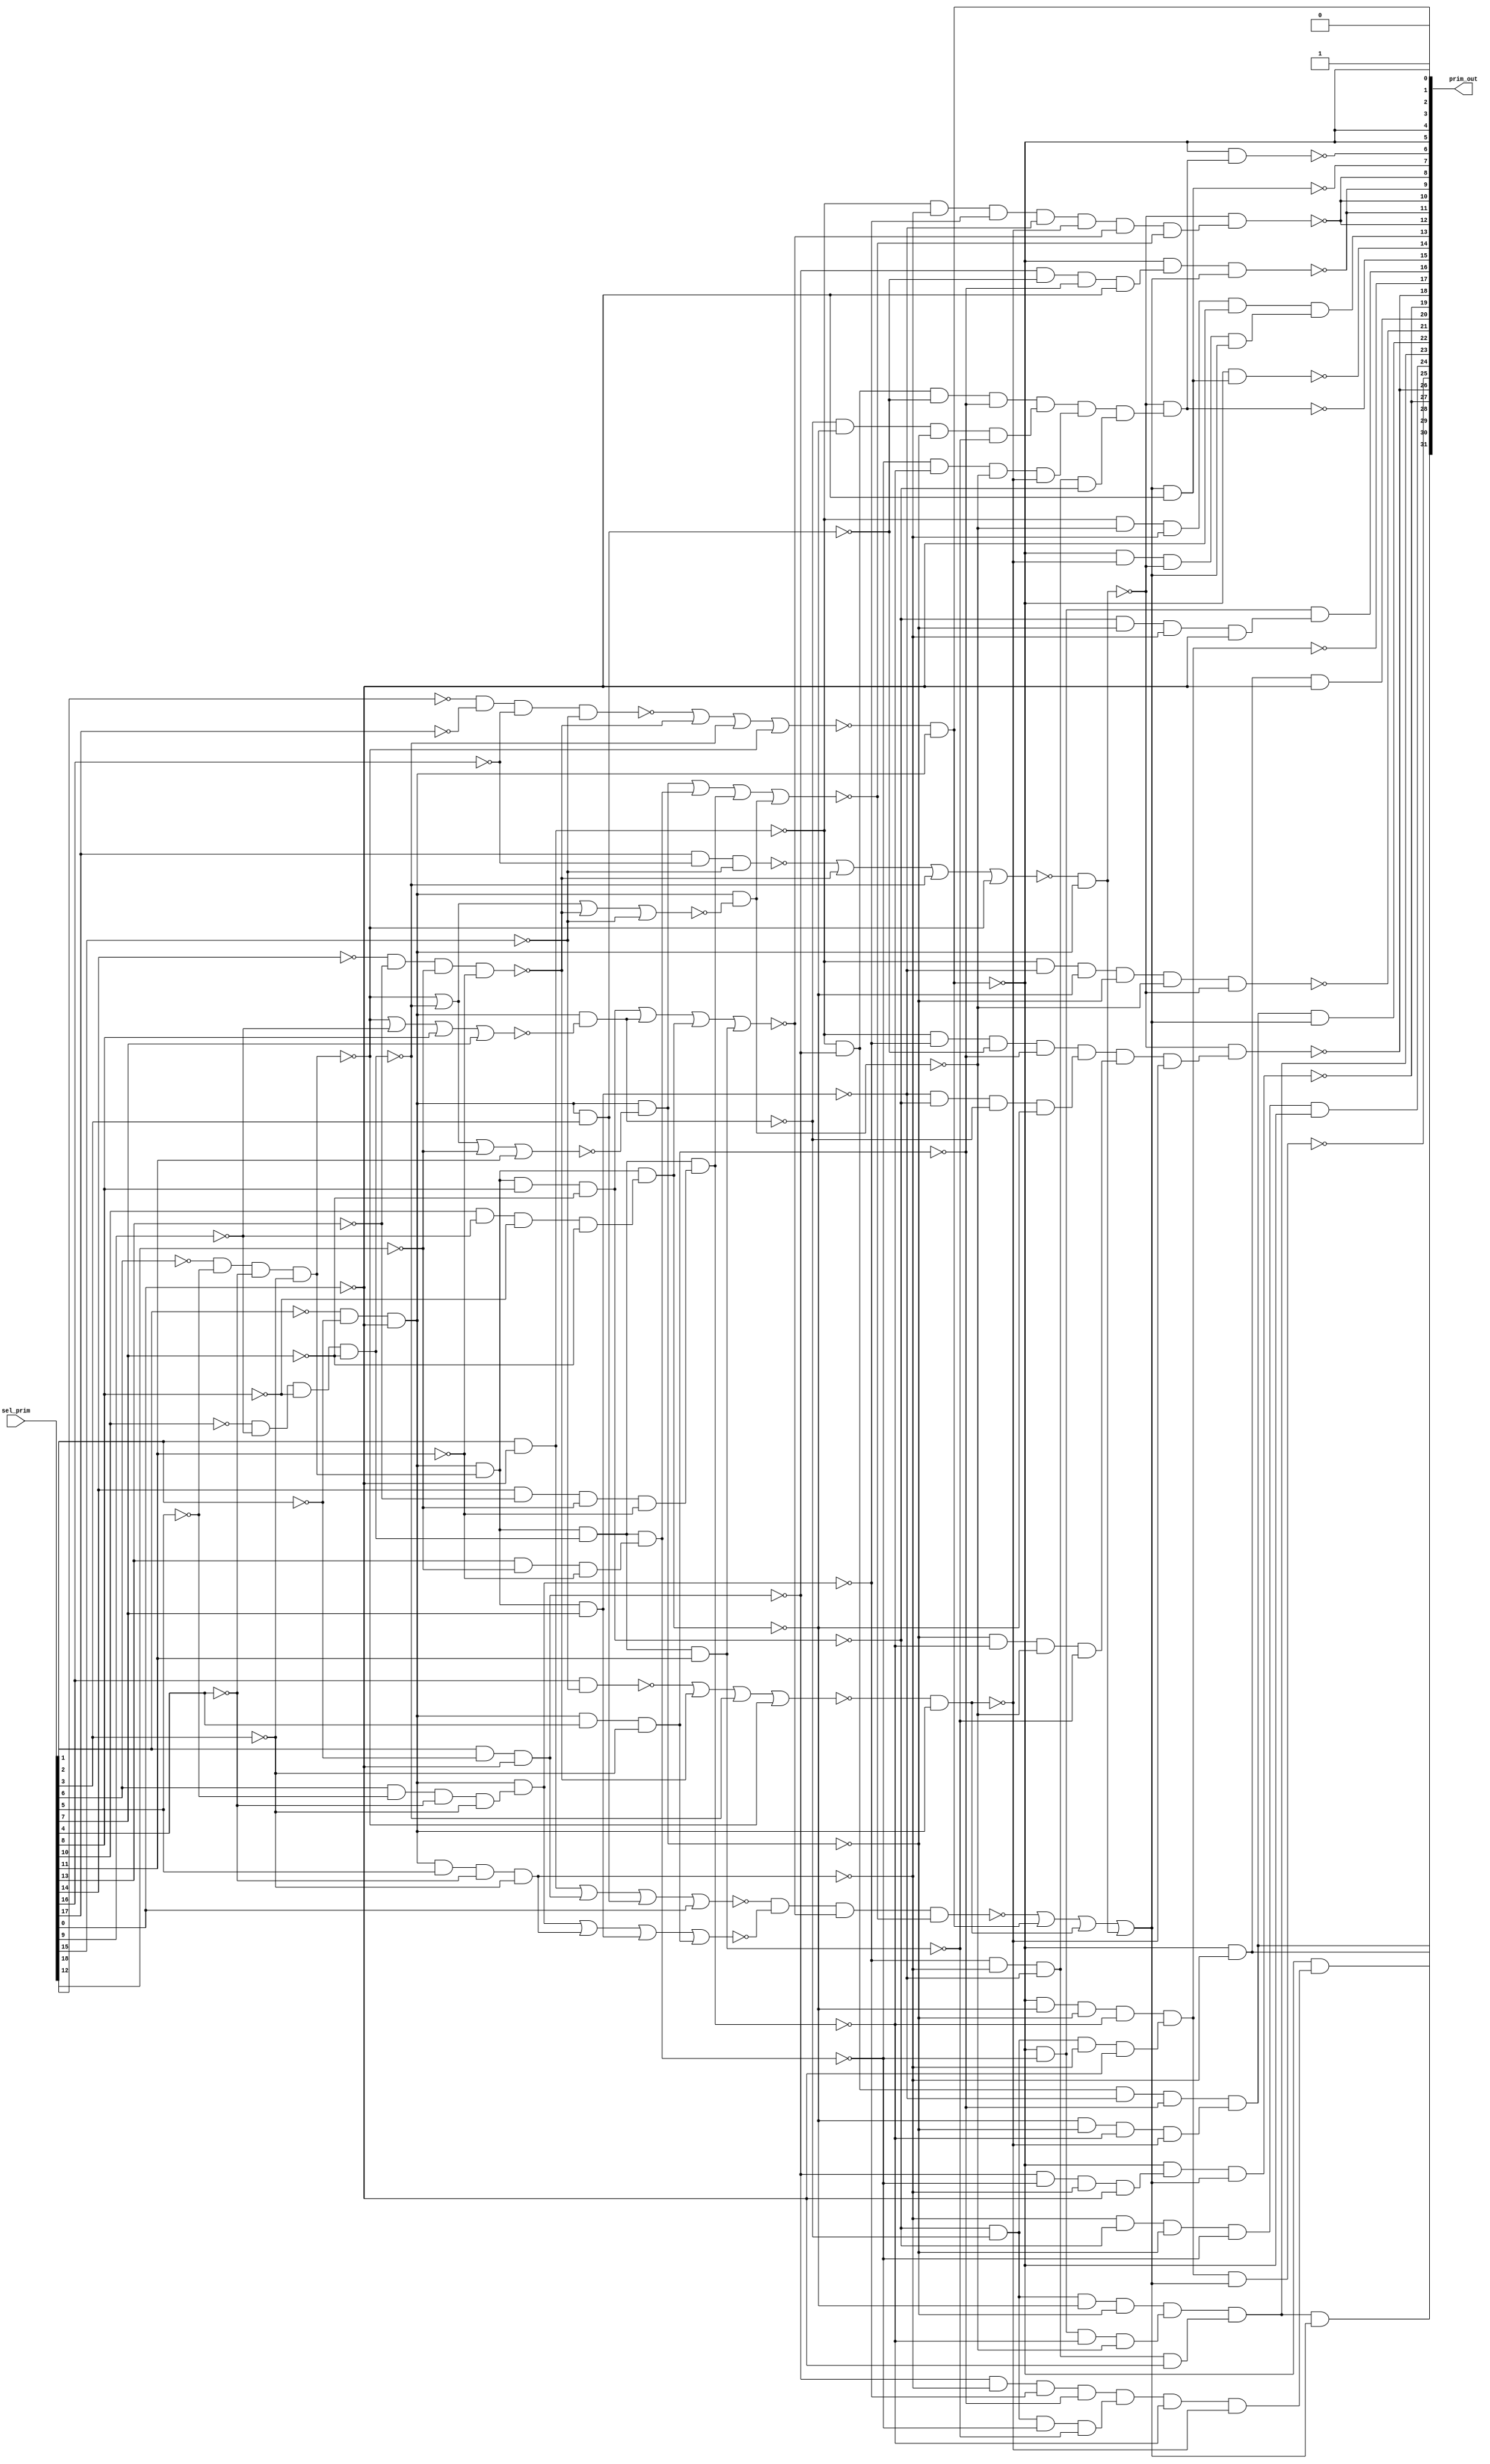

// Generated by Cadence Encounter(R) RTL Compiler RC11.10 - v11.10-p005_1

// Verification Directory fv/top 

module top(prim_out, sel_prim);
  input [18:0] sel_prim;
  output [31:0] prim_out;
  wire [18:0] sel_prim;
  wire [31:0] prim_out;
  wire ctl_sel_prim_412_12_n_205, ctl_sel_prim_412_12_n_308,
       ctl_sel_prim_412_12_n_411, ctl_sel_prim_412_12_n_441,
       ctl_sel_prim_412_12_n_467, ctl_sel_prim_412_12_n_493,
       ctl_sel_prim_412_12_n_538, n_654;
  wire n_664, n_672, n_680, n_710, n_715, n_726, n_736, n_753;
  wire n_778, n_890, n_891, n_898, n_899, n_900, n_901, n_902;
  wire n_903, n_904, n_905, n_906, n_907, n_908, n_909, n_910;
  wire n_911, n_912, n_914, n_915, n_918, n_919, n_921, n_925;
  wire n_928, n_929, n_932, n_933, n_934, n_936, n_940, n_942;
  wire n_943, n_947, n_955, n_956, n_997, n_1106, n_1293, n_1316;
  wire n_1318, n_1319, n_1320, n_1321, n_1322, n_1323, n_1324, n_1325;
  wire n_1326, n_1327, n_1328, n_1329, n_1330, n_1331, n_1332, n_1333;
  wire n_1334, n_1335, n_1336, n_1337, n_1338, n_1339, n_1340, n_1341;
  wire n_1342, n_1343, n_1344, n_1345, n_1346, n_1347, n_1348, n_1349;
  wire n_1350, n_1351, n_1352, n_1353, n_1354, n_1355, n_1356, n_1357;
  wire n_1358, n_1359, n_1360, n_1361, n_1362, n_1363, n_1364, n_1365;
  wire n_1366, n_1367, n_1368, n_1369, n_1370, n_1371, n_1372, n_1373;
  wire n_1374, n_1375, n_1376, n_1377, n_1378, n_1379, n_1380, n_1381;
  wire n_1382, n_1383, n_1384, n_1385, n_1386, n_1387, n_1388, n_1389;
  wire n_1390, n_1391, n_1392, n_1393, n_1394, n_1395, n_1396, n_1397;
  wire n_1398, n_1399, n_1400, n_1401, n_1402, n_1403, n_1404, n_1405;
  wire n_1406, n_1407, n_1408, n_1409, n_1410, n_1411, n_1412, n_1413;
  wire n_1414;
  assign prim_out[0] = 1'b0;
  assign prim_out[2] = prim_out[5];
  assign prim_out[3] = 1'b1;
  assign prim_out[4] = prim_out[5];
  assign prim_out[8] = prim_out[12];
  assign prim_out[9] = prim_out[11];
  assign prim_out[10] = prim_out[12];
  assign prim_out[18] = prim_out[26];
  assign prim_out[19] = prim_out[27];
  not ctl_sel_prim_412_12_g171 (prim_out[1], prim_out[5]);
  nor ctl_sel_prim_412_12_g150 (ctl_sel_prim_412_12_n_493, n_1337,
       ctl_sel_prim_412_12_n_411, ctl_sel_prim_412_12_n_308,
       ctl_sel_prim_412_12_n_205);
  nand ctl_sel_prim_412_12_g177 (ctl_sel_prim_412_12_n_538, n_1344,
       n_1351, n_918, n_919);
  nor ctl_sel_prim_412_12_g134 (ctl_sel_prim_412_12_n_441, n_1369,
       ctl_sel_prim_412_12_n_411, ctl_sel_prim_412_12_n_308,
       ctl_sel_prim_412_12_n_205);
  nor ctl_sel_prim_412_12_g142 (ctl_sel_prim_412_12_n_467, n_1370,
       ctl_sel_prim_412_12_n_411, ctl_sel_prim_412_12_n_308,
       ctl_sel_prim_412_12_n_205);
  nand g444 (n_914, n_901, n_902, n_903, n_904);
  nand g445 (n_915, prim_out[5], n_905, n_906, n_907);
  nand g451 (n_921, n_890, n_891, n_908, n_909);
  nand g454 (n_997, n_891, n_898, n_899, n_909);
  nand g455 (n_925, n_901, n_902, n_905, n_910);
  nand g458 (n_928, n_902, n_903, n_904, n_910);
  nand g459 (n_929, n_905, n_906, n_907, n_911);
  nand g460 (n_680, prim_out[5], n_898);
  nand g462 (n_932, n_890, n_899, n_908, n_909);
  nand g463 (n_933, n_900, n_901, n_902, n_903);
  nand g464 (n_934, n_904, n_906, n_907, n_910);
  nand g466 (n_936, prim_out[5], n_903, n_904, n_906);
  nand g470 (n_940, n_898, n_901, n_904, n_905);
  nand g472 (n_942, n_890, n_891, n_900, n_909);
  nand g473 (n_943, n_903, n_904, n_906, n_911);
  nand g477 (n_947, n_890, n_900, n_903, n_904);
  nand g485 (n_955, n_898, n_899, n_900, n_901);
  nand g486 (n_956, n_890, n_898, n_899, n_900);
  not g660 (prim_out[30], n_664);
  not g666 (prim_out[23], n_715);
  not g674 (n_1106, prim_out[17]);
  not g690 (prim_out[28], n_680);
  not g737 (prim_out[31], n_654);
  not g738 (prim_out[29], n_672);
  not g740 (prim_out[24], n_710);
  not g741 (prim_out[22], n_726);
  not g743 (prim_out[20], n_736);
  not g744 (prim_out[16], n_753);
  not g745 (prim_out[13], n_778);
  not g1024 (n_1318, sel_prim[0]);
  not g1025 (n_1319, sel_prim[1]);
  not g1026 (n_1320, sel_prim[2]);
  not g1027 (n_1321, sel_prim[3]);
  not g1028 (n_1322, sel_prim[4]);
  not g1029 (n_1323, sel_prim[5]);
  not g1030 (n_1324, sel_prim[6]);
  not g1031 (n_1325, sel_prim[7]);
  not g1032 (n_1326, sel_prim[8]);
  not g1033 (n_1327, sel_prim[9]);
  not g1034 (n_1328, sel_prim[10]);
  not g1035 (n_1329, sel_prim[15]);
  not g1036 (n_1330, sel_prim[16]);
  not g1037 (n_1331, sel_prim[17]);
  not g1038 (n_1332, sel_prim[18]);
  not g1039 (n_1333, sel_prim[11]);
  not g1040 (n_1334, sel_prim[12]);
  not g1041 (n_1335, sel_prim[13]);
  not g1042 (n_1336, sel_prim[14]);
  nand g1043 (n_1337, n_1332, n_1331, n_1330, n_1329);
  nand g1044 (ctl_sel_prim_412_12_n_411, n_1336, n_1335, n_1334,
       n_1333);
  nand g1045 (ctl_sel_prim_412_12_n_308, n_1328, n_1327, n_1326,
       n_1325);
  not g1046 (n_1338, ctl_sel_prim_412_12_n_308);
  nand g1047 (ctl_sel_prim_412_12_n_205, n_1324, n_1323, n_1322,
       n_1321);
  not g1048 (n_1339, ctl_sel_prim_412_12_n_205);
  nand g1049 (n_1293, n_1320, n_1319, n_1318);
  not g1050 (n_1340, n_1293);
  nand g1051 (prim_out[5], ctl_sel_prim_412_12_n_493, n_1340);
  nand g1052 (n_890, sel_prim[1], n_1318);
  not g1053 (n_1341, n_890);
  nand g1054 (n_891, sel_prim[2], n_1319, n_1318);
  not g1055 (n_1342, n_891);
  nand g1056 (n_908, n_1340, sel_prim[3]);
  not g1057 (n_1343, n_908);
  nor g1058 (n_1344, n_1341, n_1342, n_1343, sel_prim[0]);
  nand g1059 (n_1345, sel_prim[6], n_1323, n_1322, n_1321);
  not g1060 (n_1346, n_1345);
  nand g1061 (n_899, n_1340, n_1346);
  not g1062 (n_1347, n_899);
  nand g1063 (n_898, n_1340, sel_prim[5], n_1322, n_1321);
  not g1064 (n_1348, n_898);
  nand g1065 (n_900, n_1340, n_1339, sel_prim[7]);
  not g1066 (n_1349, n_900);
  nand g1067 (n_909, n_1340, sel_prim[4], n_1321);
  not g1068 (n_1350, n_909);
  nor g1069 (n_1351, n_1347, n_1348, n_1349, n_1350);
  nand g1070 (n_901, n_1340, n_1339, sel_prim[8], n_1325);
  not g1071 (n_1352, n_901);
  nor g1072 (n_1353, ctl_sel_prim_412_12_n_205, n_1327, sel_prim[8],
       sel_prim[7]);
  nand g1073 (n_902, n_1340, n_1353);
  not g1074 (n_1354, n_902);
  nand g1075 (n_1355, sel_prim[10], n_1327, n_1326, n_1325);
  not g1076 (n_1356, n_1355);
  nand g1077 (n_903, n_1340, n_1339, n_1356);
  not g1078 (n_1357, n_903);
  nand g1079 (n_910, n_1340, n_1339, n_1338, sel_prim[11]);
  not g1080 (n_1358, n_910);
  nor g1081 (n_918, n_1352, n_1354, n_1357, n_1358);
  nor g1082 (n_1359, ctl_sel_prim_412_12_n_205,
       ctl_sel_prim_412_12_n_308, n_1334, sel_prim[11]);
  nand g1083 (n_904, n_1340, n_1359);
  not g1084 (n_1360, n_904);
  nand g1085 (n_1361, sel_prim[13], n_1334, n_1333);
  not g1086 (n_1362, n_1361);
  nand g1087 (n_905, n_1340, n_1339, n_1338, n_1362);
  not g1088 (n_1363, n_905);
  nand g1089 (n_1364, sel_prim[14], n_1335, n_1334, n_1333);
  not g1090 (n_1365, n_1364);
  nand g1091 (n_906, n_1340, n_1339, n_1338, n_1365);
  not g1092 (n_1366, n_906);
  nor g1093 (n_1367, ctl_sel_prim_412_12_n_205,
       ctl_sel_prim_412_12_n_308, ctl_sel_prim_412_12_n_411, n_1329);
  nand g1094 (n_907, n_1340, n_1367);
  not g1095 (n_1368, n_907);
  nor g1096 (n_919, n_1360, n_1363, n_1366, n_1368);
  nand g1097 (n_1369, sel_prim[16], n_1329);
  nand g1098 (n_1370, sel_prim[17], n_1330, n_1329);
  not g1099 (n_1371, n_914);
  not g1100 (n_1372, n_915);
  not g1101 (n_1373, n_921);
  not g1102 (n_1374, n_997);
  not g1103 (n_1375, n_925);
  not g1104 (n_1376, n_928);
  nand g1105 (n_911, ctl_sel_prim_412_12_n_441, n_1340);
  not g1106 (n_1377, n_911);
  not g1107 (n_1378, n_929);
  not g1108 (n_1379, n_932);
  not g1109 (n_1380, n_933);
  not g1110 (n_1381, n_934);
  not g1111 (n_1382, n_936);
  not g1112 (n_1383, n_940);
  not g1113 (n_1384, n_942);
  not g1114 (n_1385, n_943);
  not g1115 (n_1386, n_947);
  not g1116 (n_1387, n_955);
  not g1117 (n_1388, n_956);
  nand g1118 (n_664, n_1384, n_1385);
  nand g1119 (n_1389, n_899, n_898, n_900, n_1318);
  not g1120 (n_1390, n_1389);
  nand g1121 (n_715, n_1371, n_1372, n_1390);
  nand g1122 (n_1391, n_901, n_902, n_898, n_1318);
  not g1123 (n_1392, n_1391);
  nand g1124 (prim_out[17], n_1382, n_1392);
  nand g1125 (n_912, ctl_sel_prim_412_12_n_467, n_1340);
  not g1126 (n_1393, n_912);
  nor g1127 (n_1316, ctl_sel_prim_412_12_n_538, prim_out[1], n_1377,
       n_1393);
  not g1128 (n_1394, n_1316);
  nand g1129 (n_654, prim_out[23], n_1394);
  nand g1130 (n_1395, n_1374, n_1375, n_906, n_911);
  not g1131 (n_1396, n_1395);
  nand g1132 (n_672, prim_out[5], n_1396);
  nand g1133 (prim_out[25], n_1106, n_1394);
  nand g1134 (n_710, n_1383, prim_out[5]);
  nand g1135 (n_726, prim_out[30], n_1394);
  nand g1136 (prim_out[21], n_1386, n_907, n_912);
  nand g1137 (n_736, prim_out[28], n_1318);
  nand g1138 (n_1397, n_901, n_904, n_898, n_1318);
  not g1139 (n_1398, n_1397);
  nand g1140 (n_753, prim_out[5], n_905, n_1398);
  nand g1141 (n_1399, n_890, n_907, n_898, n_1318);
  not g1142 (n_1400, n_1399);
  nand g1143 (n_1401, prim_out[5], n_911, n_912, n_1394);
  not g1144 (n_1402, n_1401);
  nand g1145 (n_778, n_1400, n_1402);
  nand g1146 (n_1403, n_891, n_905, n_898, n_1318);
  not g1147 (n_1404, n_1403);
  nand g1148 (n_1405, n_891, n_908, n_909, n_1318);
  not g1149 (n_1406, n_1405);
  nand g1150 (n_1407, n_1379, n_1380, n_1381, n_911);
  not g1151 (n_1408, n_1407);
  nand g1152 (n_1409, n_1373, n_1376, n_1378, n_1387);
  not g1153 (n_1410, n_1409);
  nand g1154 (n_1411, n_1388, n_911, n_918, n_919);
  not g1155 (n_1412, n_1411);
  nand g1156 (prim_out[26], n_912, n_1408);
  nand g1157 (prim_out[15], n_912, n_1410);
  not g1158 (n_1413, prim_out[15]);
  nand g1159 (prim_out[12], n_912, n_1412);
  nand g1160 (prim_out[27], prim_out[5], n_1404, n_1394);
  nand g1161 (prim_out[7], n_1394, n_1318);
  not g1162 (n_1414, prim_out[7]);
  nand g1163 (prim_out[11], prim_out[5], n_1406, n_1394);
  nand g1164 (prim_out[6], prim_out[5], n_1413);
  nand g1165 (prim_out[14], prim_out[5], n_1414);
endmodule